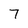
Character: 7